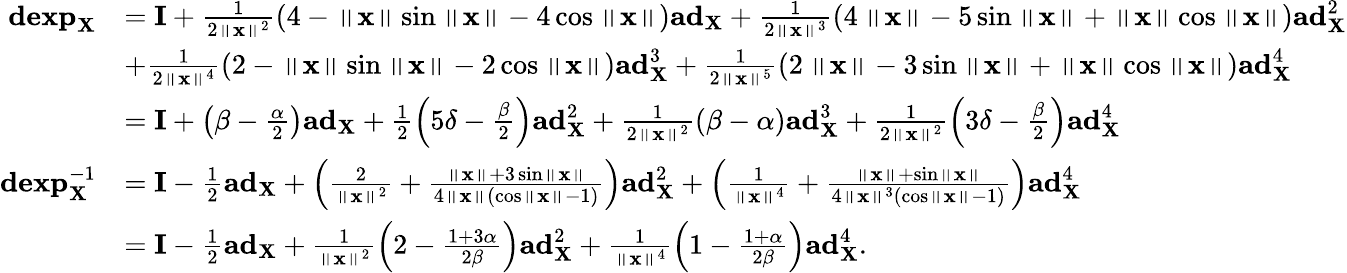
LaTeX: \begin{array}{rl}{\mathbf{dexp}_{\mathbf{X}}}&{=\mathbf{I}+\frac{1}{2\left\Vert\mathbf{x}\right\Vert^{2}}\left(4-\left\Vert\mathbf{x}\right\Vert\sin\left\Vert\mathbf{x}\right\Vert-4\cos\left\Vert\mathbf{x}\right\Vert\right)\mathbf{ad}_{\mathbf{X}}+\frac{1}{2\left\Vert\mathbf{x}\right\Vert^{3}}\left(4\left\Vert\mathbf{x}\right\Vert-5\sin\left\Vert\mathbf{x}\right\Vert+\left\Vert\mathbf{x}\right\Vert\cos\left\Vert\mathbf{x}\right\Vert\right)\mathbf{ad}_{\mathbf{X}}^{2}}\\ &{+\frac{1}{2\left\Vert\mathbf{x}\right\Vert^{4}}\left(2-\left\Vert\mathbf{x}\right\Vert\sin\left\Vert\mathbf{x}\right\Vert-2\cos\left\Vert\mathbf{x}\right\Vert\right)\mathbf{ad}_{\mathbf{X}}^{3}+\frac{1}{2\left\Vert\mathbf{x}\right\Vert^{5}}\left(2\left\Vert\mathbf{x}\right\Vert-3\sin\left\Vert\mathbf{x}\right\Vert+\left\Vert\mathbf{x}\right\Vert\cos\left\Vert\mathbf{x}\right\Vert\right)\mathbf{ad}_{\mathbf{X}}^{4}}\\ &{=\mathbf{I}+\left(\beta-\frac{\alpha}{2}\right)\mathbf{ad}_{\mathbf{X}}+\frac{1}{2}\left(5\delta-\frac{\beta}{2}\right)\mathbf{ad}_{\mathbf{X}}^{2}+\frac{1}{2\left\Vert\mathbf{x}\right\Vert^{2}}\left(\beta-\alpha\right)\mathbf{ad}_{\mathbf{X}}^{3}+\frac{1}{2\left\Vert\mathbf{x}\right\Vert^{2}}\left(3\delta-\frac{\beta}{2}\right)\mathbf{ad}_{\mathbf{X}}^{4}}\\ {\mathbf{dexp}_{\mathbf{X}}^{-1}}&{=\mathbf{I}-\frac{1}{2}\mathbf{ad}_{\mathbf{X}}+\left(\frac{2}{\left\Vert\mathbf{x}\right\Vert^{2}}+\frac{\left\Vert\mathbf{x}\right\Vert+3\sin\left\Vert\mathbf{x}\right\Vert}{4\left\Vert\mathbf{x}\right\Vert\left(\cos\left\Vert\mathbf{x}\right\Vert-1\right)}\right)\mathbf{ad}_{\mathbf{X}}^{2}+\left(\frac{1}{\left\Vert\mathbf{x}\right\Vert^{4}}+\frac{\left\Vert\mathbf{x}\right\Vert+\sin\left\Vert\mathbf{x}\right\Vert}{4\left\Vert\mathbf{x}\right\Vert^{3}\left(\cos\left\Vert\mathbf{x}\right\Vert-1\right)}\right)\mathbf{ad}_{\mathbf{X}}^{4}}\\ &{=\mathbf{I}-\frac{1}{2}\mathbf{ad}_{\mathbf{X}}+\frac{1}{\left\Vert\mathbf{x}\right\Vert^{2}}\left(2-\frac{1+3\alpha}{2\beta}\right)\mathbf{ad}_{\mathbf{X}}^{2}+\frac{1}{\left\Vert\mathbf{x}\right\Vert^{4}}\left(1-\frac{1+\alpha}{2\beta}\right)\mathbf{ad}_{\mathbf{X}}^{4}.}\end{array}